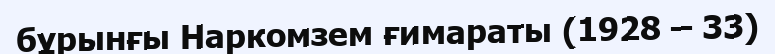
бұрынғы Наркомзем ғимараты (1928 – 33)